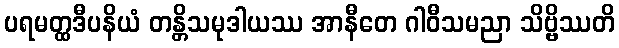
ပရမတ္ထဒီပနိယံ တန္တိသမုဒါယဿ အာနီတေ ဂါဝီသမညာ သိဗ္ဗိဿတိ